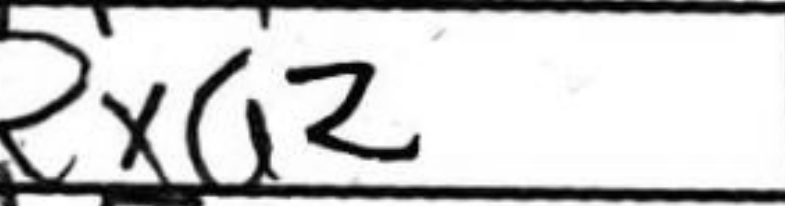
Transcription: Rxa2